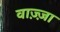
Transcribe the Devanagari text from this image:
वाज़्ज़ा